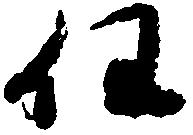
任